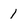
Character: 1